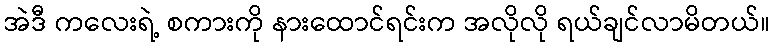
အဲဒီ ကလေးရဲ့ စကားကို နားထောင်ရင်းက အလိုလို ရယ်ချင်လာမိတယ်။